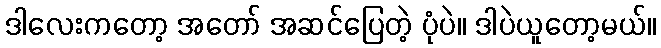
ဒါလေးကတော့ အတော် အဆင်ပြေတဲ့ ပုံပဲ။ ဒါပဲယူတော့မယ်။